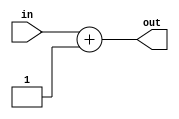
module constant(input [1:0] in,
                output [1:0] out);
   
   assign out = in + 1;
   
endmodule